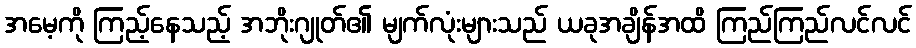
အမေ့ကို ကြည့်နေသည့် အဘိုးဂျုတ်၏ မျက်လုံးများသည် ယခုအချိန်အထိ ကြည်ကြည်လင်လင်